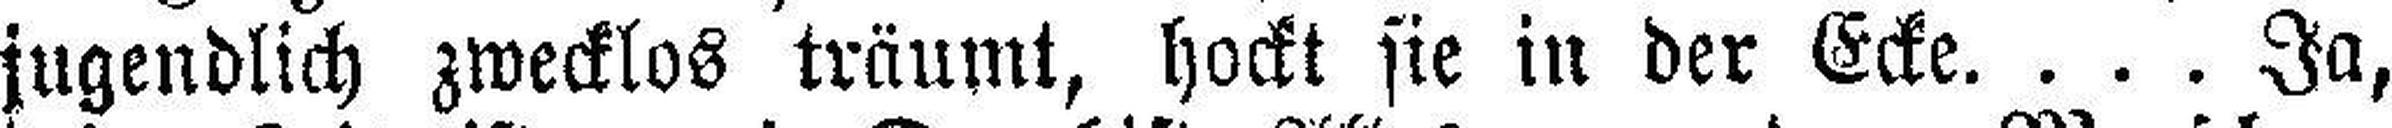
jugendlich zwecklos träumt, hockt sie in der Ecke. . . . Ja,